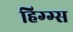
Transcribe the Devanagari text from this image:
हिग्ग्स